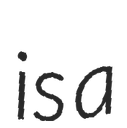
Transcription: is a